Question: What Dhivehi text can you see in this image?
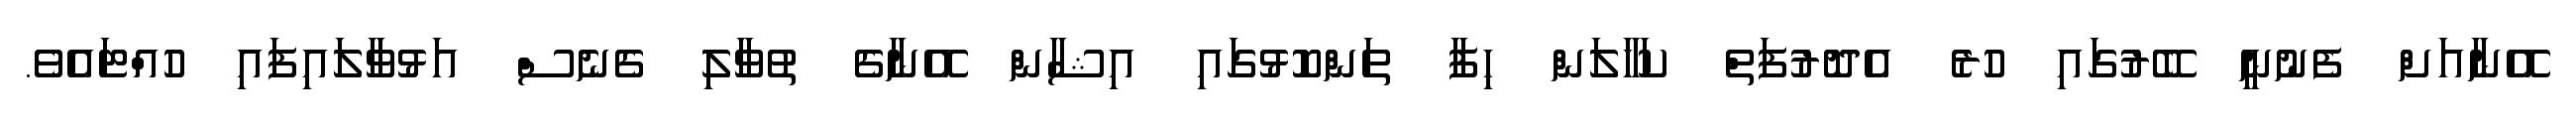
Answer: އޭނާއަށް ފެނުނީ ބޭރުގައި ހުރެ އެދޮރުފަތް ކަހާލަން ހިފާ ތަންކޮޅުގައި އިޝާން އޭނާގެ ތުވާލި ގެނެސް އަޅުވާލައިފައި ހުއްޓައެވެ.